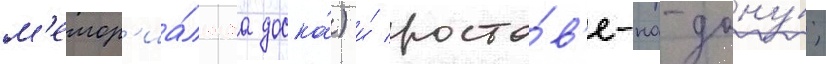
м'емор'иа́льнаа доска́) и́ росто́в'е-на-дону́;